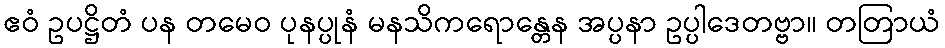
ဧဝံ ဥပဋ္ဌိတံ ပန တမေဝ ပုနပ္ပုနံ မနသိကရောန္တေန အပ္ပနာ ဥပ္ပါဒေတဗ္ဗာ။ တတြာယံ